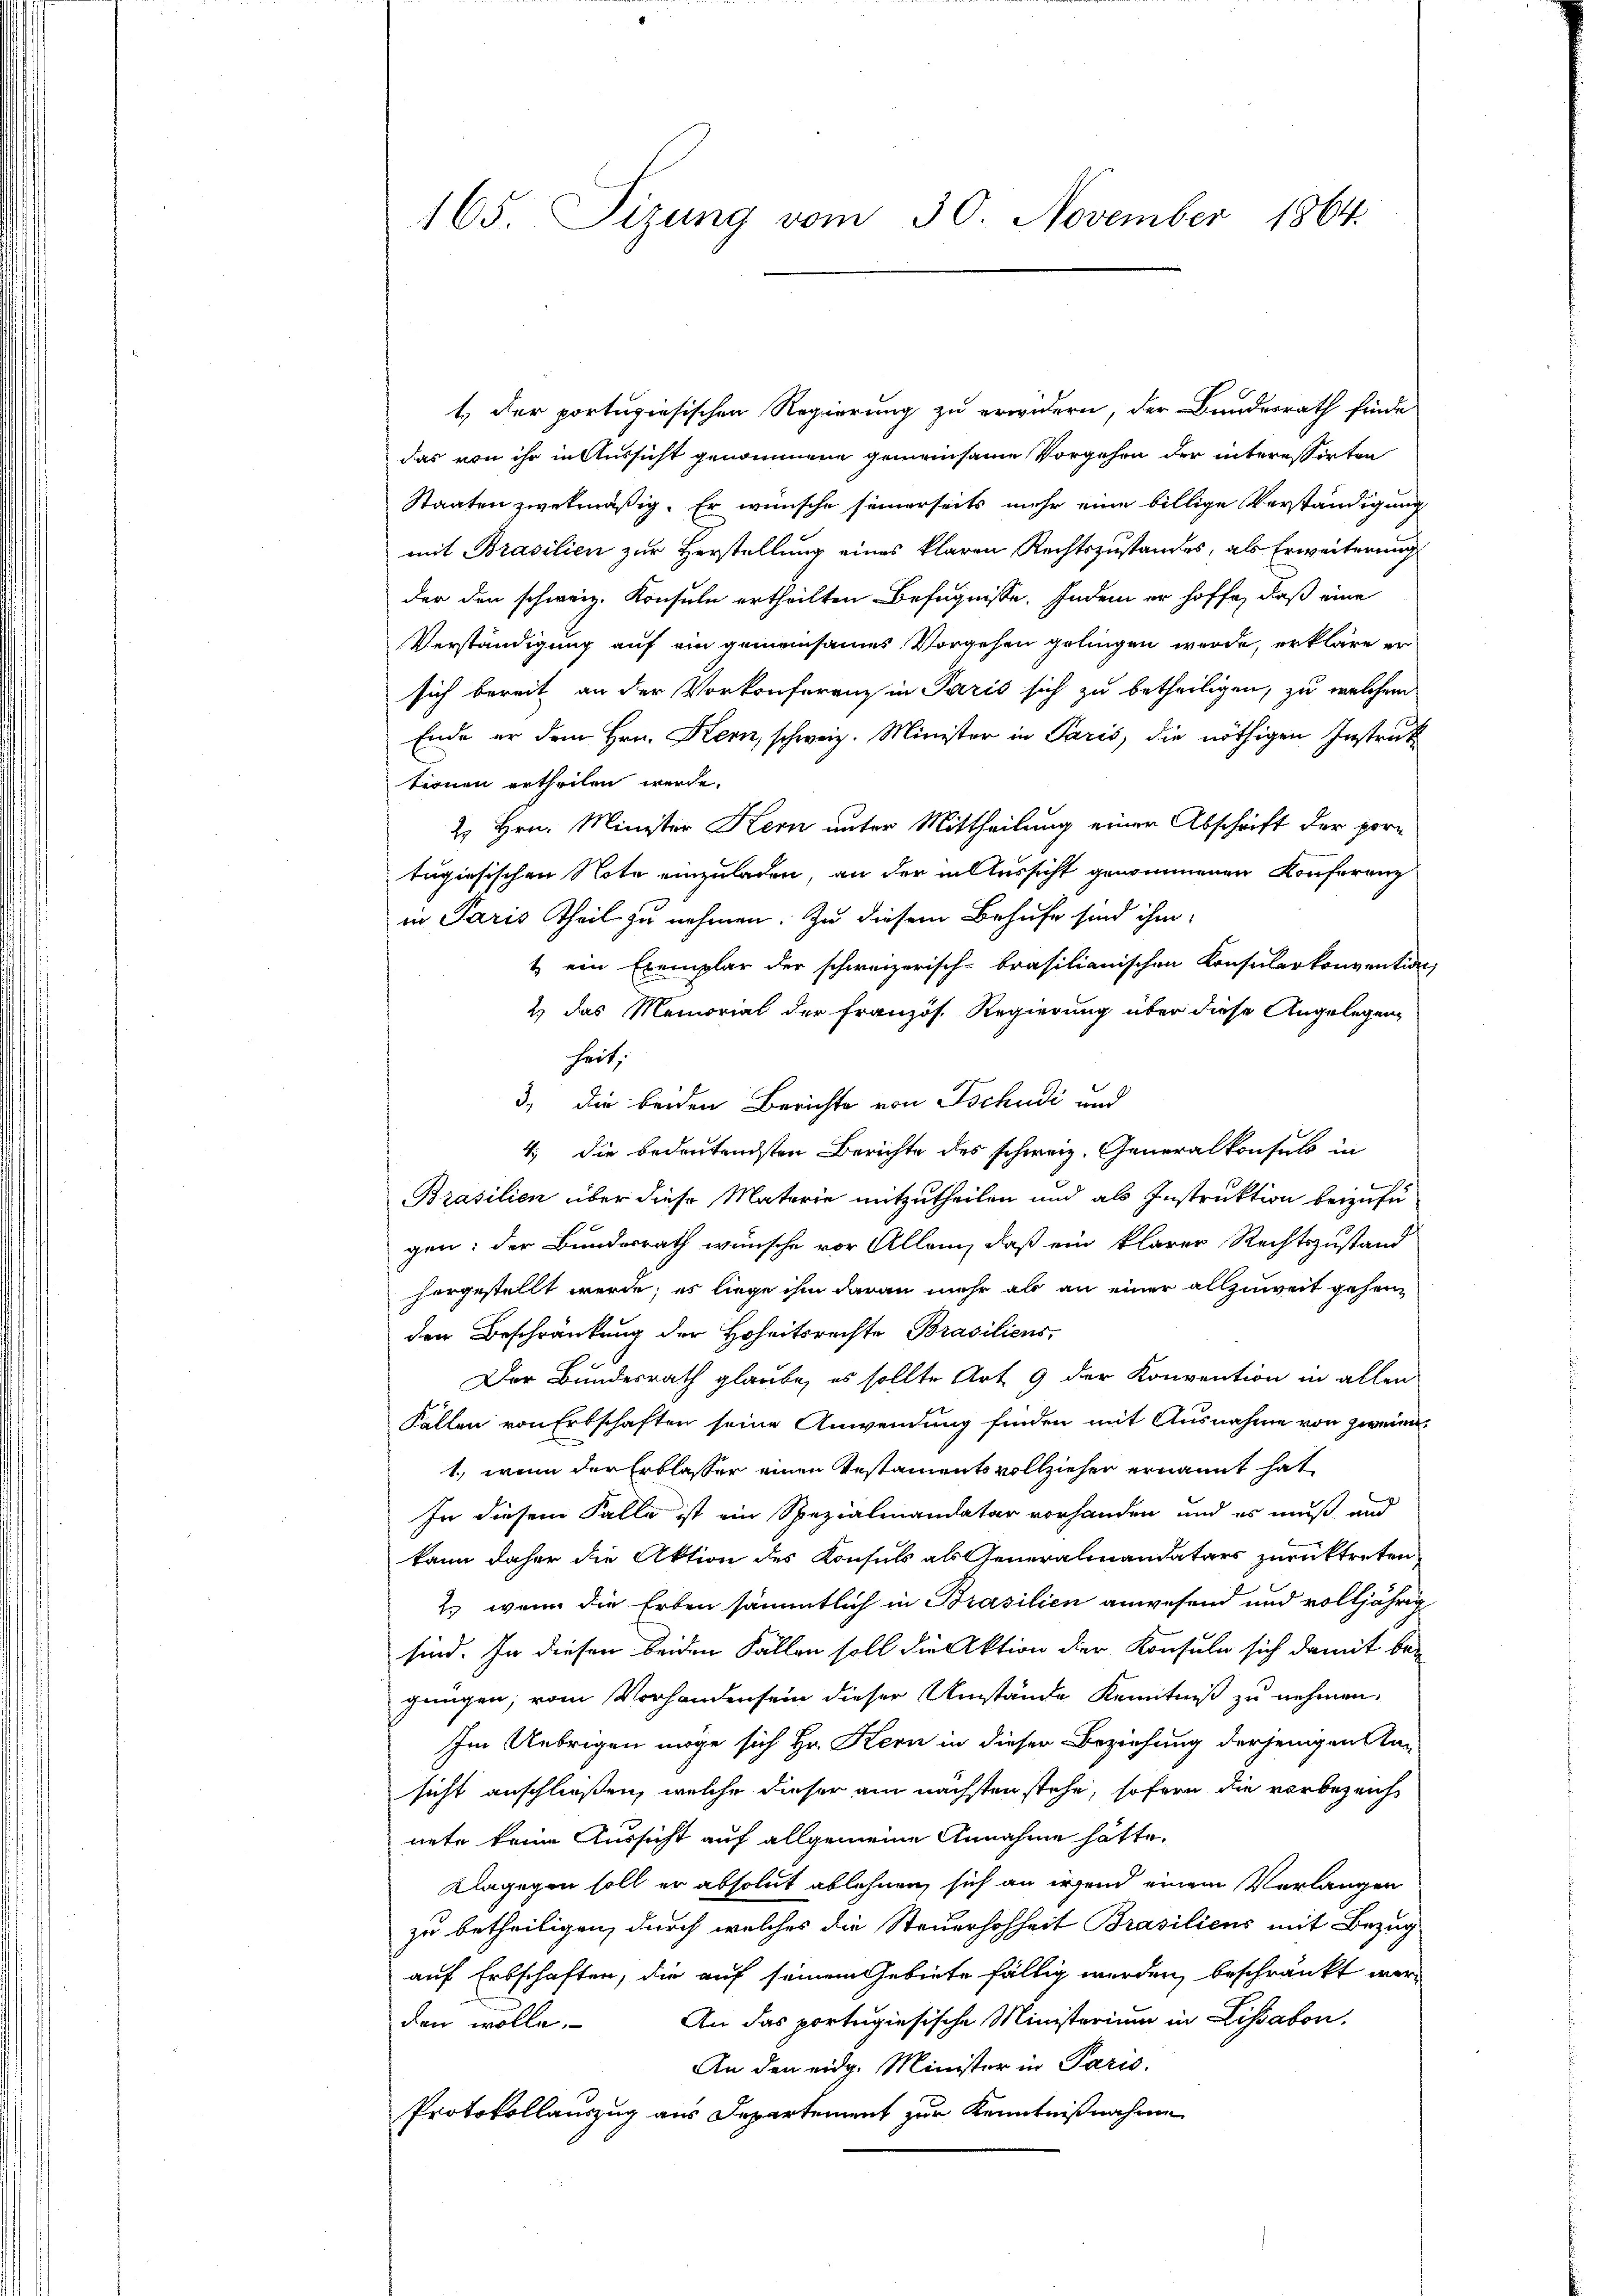
1, der portugisischen Regierung zu erwidern, der Bundesrath finde
das von ihr in Aussicht genommene gemeinsame Vorgehen der interessirten
Staaten zwekmäßig. Er wünsche seinerseits mehr eine billige Verständigung
mit Brasilien zur Verstellung eines klaren Rechtszustandes, als Erweiterung
der den schweiz. Konsuln ertheilten Befugnisse. Indem er hoffe, daß eine
Verständigung auf ein gemeinsames Vorgehen gelingen werde, erkläre er
sich bereit an der Vorkonferenz in Paris sich zu betheiligen, zu welchem
Ende er dem Hrn. Kern, schweiz. Minister in Paris, die nöthigen Instruktionen ertheilen werde.
2. Hrn. Minister Kern unter Mittheilung einer Abschrift der pertugisischen Note einzuladen, an der in Aussicht genommenen Konferenz
in Paris Theil zu nehmen. Zu diesem Behufe sind ihm
t ein Exemplar der schweizerisch-brasilianischen Konsularkonvention
2) das Memorial der Französ. Regierung über diese Angelegeng
heit,
3., die beiden Berichte von Tschudi und
4. die bedeutendsten Berichte des schweiz. Generalkonsuls in
Prasilien über diese Materie mitzutheilen und als Instruktion beizufügen: der Bundesrath wünsche vor Allein, daß ein klarer Rechtszustand
hergestellt werde; es liege ihm daran mehr als an einer allzuweit gehen
den Beschränkung der Hoheitsrechte Brasiliens,
Der Bundesrath glaube, es sollte Art. 9 der Konvention in allen
Fällen von Erbschaften seine Anwendung finden mit Ausnahme von zwei¬
1., wenn der Erblasser einen Testaments vollzieher ernannt hat
In diesem Falle ist ein Spezialmandatar vorhanden und es muß, und
kann daher die Aktion des Konsuls als Generalmandatars zurücktreten.
2.) wenn die Erben sämmtlich in Brasilien anwesend und volljährig
sind. In diesen beiden Fällen soll die Aktion der Konsuln sich damit be-
gnügen; vom Vorhanden sein dieser Umstände Kenntniß zu nehmen.
Im Uebrigen möge sich Hr. Kern in dieser Beziehung derjenigen An-
sicht anschließen, welche dieser am nächsten stehe, sofern die vorbezeicht
nete keine Aussicht auf allgemeine Annahme hätte,
Dagegen soll er absolut ablehnen, sich an irgend einem Verlangen
zu betheiligen, durch welches die Steuerhohheit Brasiliens mit Bezug
auf Erbschaften, die auf seinem Gebiete fällig werden, beschränkt werden wolle. An das portugiesische Ministerium in Lissabon.
An den eidg. Minister in Paris.
Protokollauszug aus Departement zur Kenntnißnahme

165. Sizung vom 30. November 1864.